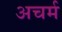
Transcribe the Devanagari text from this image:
अचर्म